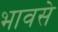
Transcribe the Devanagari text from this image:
भावसे